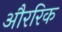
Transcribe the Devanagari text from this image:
औररिक